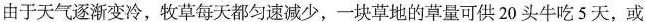
由于天气逐渐变冷，牧草每天都匀速减少，一块草地的草量可供20头牛吃5天，或